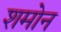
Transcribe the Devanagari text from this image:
शमोन